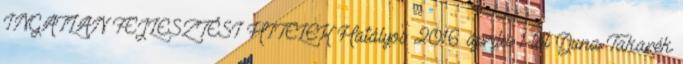
INGATLAN FEJLESZTÉSI HITELEK Hatályos: 2016. április 1-től Duna Takarék